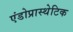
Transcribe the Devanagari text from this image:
एंडोप्रास्थेटिक